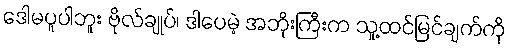
ဒေါမပူပါဘူး ဗိုလ်ချုပ်၊ ဒါပေမဲ့ အဘိုးကြီးက သူ့ထင်မြင်ချက်ကို